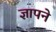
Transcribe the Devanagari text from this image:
ज्ञापने